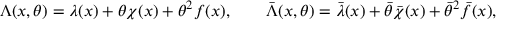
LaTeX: \Lambda ( x , \theta ) = \lambda ( x ) + \theta \chi ( x ) + \theta ^ { 2 } f ( x ) , \qquad \bar { \Lambda } ( x , \theta ) = \bar { \lambda } ( x ) + \bar { \theta } \bar { \chi } ( x ) + \bar { \theta } ^ { 2 } \bar { f } ( x ) ,